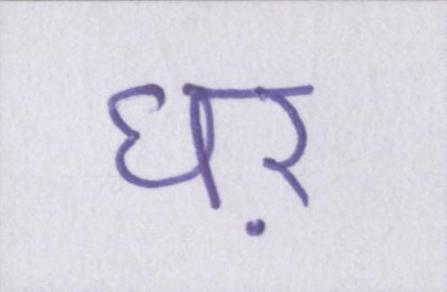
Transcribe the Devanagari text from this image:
घऱ